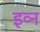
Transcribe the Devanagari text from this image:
इव्न